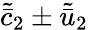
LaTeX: \tilde{\bar{c}}_{2}\pm\tilde{\bar{u}}_{2}